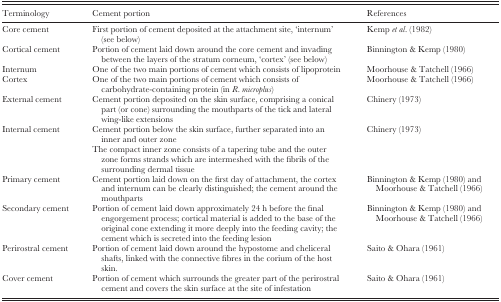
<table><thead><tr><td><b>Terminology</b></td><td><b>Cement portion</b></td><td><b>References</b></td></tr></thead><tbody><tr><td>Core cement</td><td>First portion of cement deposited at the attachment site, ‘internum’ (see below)</td><td>Kemp <i>et al</i>. (1982)</td></tr><tr><td>Cortical cement</td><td>Portion of cement laid down around the core cement and invading between the layers of the stratum corneum, ‘cortex’ (see below)</td><td>Binnington &amp; Kemp (1980)</td></tr><tr><td>Internum</td><td>One of the two main portions of cement which consists of lipoprotein</td><td>Moorhouse &amp; Tatchell (1966)</td></tr><tr><td>Cortex</td><td>One of the two main portions of cement which consists of carbohydrate‐containing protein (in <i>R. microplus</i>)</td><td>Moorhouse &amp; Tatchell (1966)</td></tr><tr><td>External cement</td><td>Cement portion deposited on the skin surface, comprising a conical part (or cone) surrounding the mouthparts of the tick and lateral wing‐like extensions</td><td>Chinery (1973)</td></tr><tr><td>Internal cement</td><td>Cement portion below the skin surface, further separated into an inner and outer zoneThe compact inner zone consists of a tapering tube and the outer zone forms strands which are intermeshed with the fibrils of the surrounding dermal tissue</td><td>Chinery (1973)</td></tr><tr><td>Primary cement</td><td>Cement portion laid down on the first day of attachment, the cortex and internum can be clearly distinguished; the cement around the mouthparts</td><td>Binnington &amp; Kemp (1980) and Moorhouse &amp; Tatchell (1966)</td></tr><tr><td>Secondary cement</td><td>Portion of cement laid down approximately 24 h before the final engorgement process; cortical material is added to the base of the original cone extending it more deeply into the feeding cavity; the cement which is secreted into the feeding lesion</td><td>Binnington &amp; Kemp (1980) and Moorhouse &amp; Tatchell (1966)</td></tr><tr><td>Perirostral cement</td><td>Portion of cement laid down around the hypostome and cheliceral shafts, linked with the connective fibres in the corium of the host skin.</td><td>Saito &amp; Ohara (1961)</td></tr><tr><td>Cover cement</td><td>Portion of cement which surrounds the greater part of the perirostral cement and covers the skin surface at the site of infestation</td><td>Saito &amp; Ohara (1961)</td></tr></tbody></table>